Report of the Indian Hemp Drugs Commission, 1894-1895 - Volume I
Year: 1894
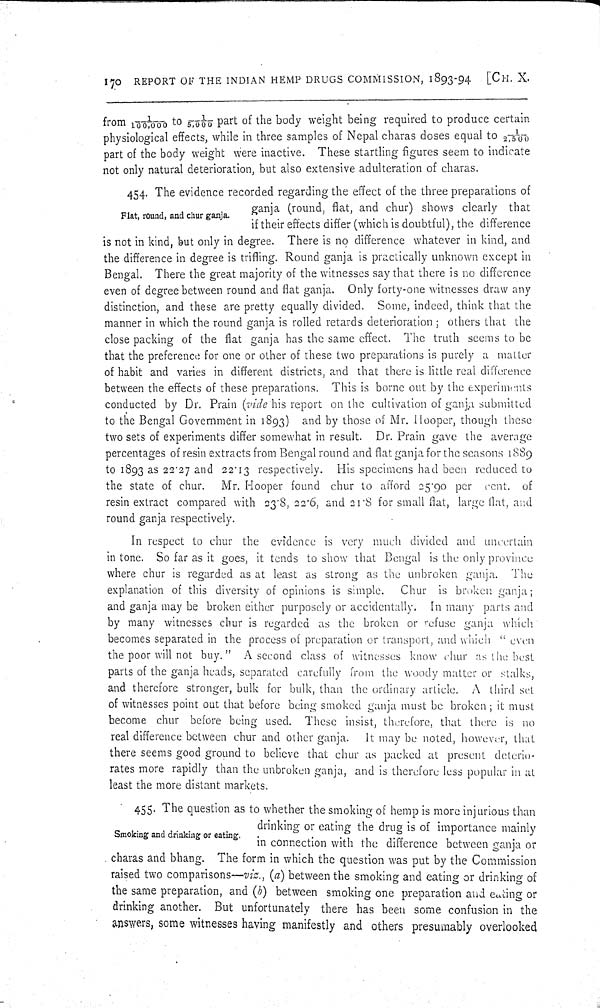
170 REPORT OF THE INDIAN HEMP DRUGS COMMISSION, 1893-94 [CH. X.
from 1/100,000 to 1/5,000 part of the body weight being required to produce certain
physiological effects, while in three samples of Nepal charas doses equal to 1/2,500
part of the body weight were inactive. These startling figures seem to indicate
not only natural deterioration, but also extensive adulteration of charas.
Flat, round, and chur ganja.
454. The evidence recorded regarding the effect of the three preparations of
ganja (round, flat, and chur) shows clearly that
if their effects differ (which is doubtful), the difference
is not in kind, but only in degree. There is no difference whatever in kind, and
the difference in degree is trifling. Round ganja is practically unknown except in
Bengal. There the great majority of the witnesses say that there is no difference
even of degree between round and flat ganja. Only forty-one witnesses draw any
distinction, and these are pretty equally divided. Some, indeed, think that the
manner in which the round ganja is rolled retards deterioration; others that the
close packing of the flat ganja has the same effect. The truth seems to be
that the preference for one or other of these two preparations is purely a matter
of habit and varies in different districts, and that there is little real difference
between the effects of these preparations. This is borne out by the experiments
conducted by Dr. Prain (vide his report on the cultivation of ganja submitted
to the Bengal Government in 1893) and by those of Mr. Hooper, though these
two sets of experiments differ somewhat in result. Dr. Prain gave the average
percentages of resin extracts from Bengal round and flat ganja for the seasons 1889
to 1893 as 22.27 and 22.13 respectively. His specimens had been reduced to
the state of chur. Mr. Hooper found chur to afford 25.90 per cent. of
resin extract compared with 23.8, 22.6, and 21.8 for small flat, large flat, and
round ganja respectively.
In respect to chur the evidence is very much divided and uncertain
in tone. So far as it goes, it tends to show that Bengal is the only province
where chur is regarded as at least as strong as the unbroken ganja. The
explanation of this diversity of opinions is simple. Chur is broken ganja;
and ganja may be broken either purposely or accidentally. In many parts and
by many witnesses chur is regarded as the broken or refuse ganja which
becomes separated in the process of preparation or transport, and which "even
the poor will not buy." A second class of witnesses know chur as the best
parts of the ganja heads, separated carefully from the woody matter or stalks,
and therefore stronger, bulk for bulk, than the ordinary article. A third set
of witnesses point out that before being smoked ganja must bo broken; it must
become chur before being used. These insist, therefore, that there is no
real difference between chur and other ganja. It may be noted, however, that
there seems good ground to believe that chur as packed at present deterio-
rates more rapidly than the unbroken ganja, and is therefore less popular in at
least the more distant markets.
Smoki ng and drinking or eating.
455. The question as to whether the smoking of hemp is more injurious than
drinking or eating the drug is of importance mainly
in connection with the difference between ganja or
charas and bhang. The form in which the question was put by the Commission
raised two comparisons—viz, (0) between the smoking and eating or drinking of
the same preparation, and (b) between smoking one preparation and eating or
drinking another. But unfortunately there has been some confusion in the
answers, some witnesses having manifestly and others presumably overlooked